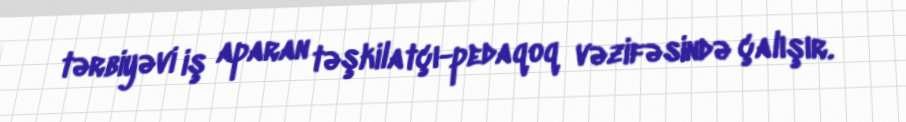
tərbiyəvi iş aparan təşkilatçı-pedaqoq vəzifəsində çalışır.